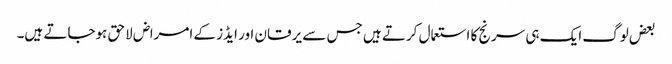
بعض لوگ ایک ہی سرنج کا استعمال کرتے ہیں جس سے یرقان اور ایڈز کے امراض لاحق ہوجاتے ہیں۔